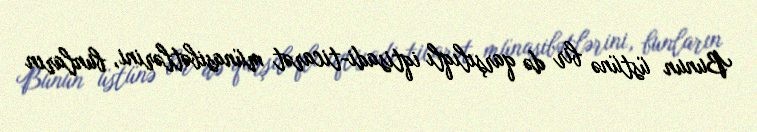
Bunun üstünə bir də qarşılıqlı iqtisadi-ticarət münasibətlərini, bunların